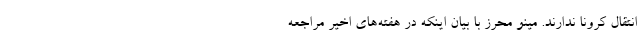
انتقال کرونا ندارند. مینو محرز با بیان اینکه در هفته‌های اخیر مراجعه